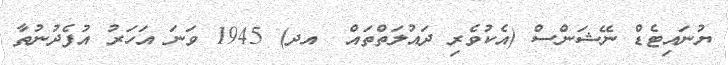
ޔުނައިޓެޑް ނޭޝަންސް (އެކުވެރި ދައުލަތްތައް  އދ) 1945 ވަނަ އަހަރު އުފެދުނުތާ